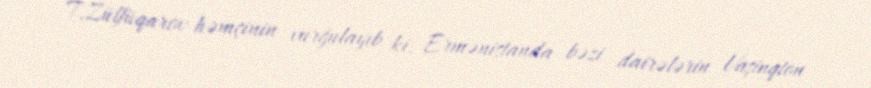
T.Zülfüqarov həmçinin vurğulayıb ki, Ermənistanda bəzi dairələrin Vaşinqton